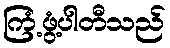
ကြံ့ဖွံ့ပါတီသည်